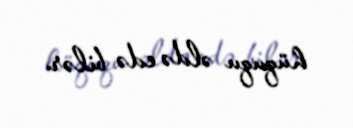
hüququ əldə edə bilər.